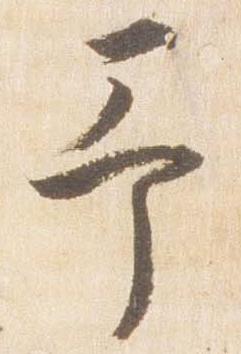
予